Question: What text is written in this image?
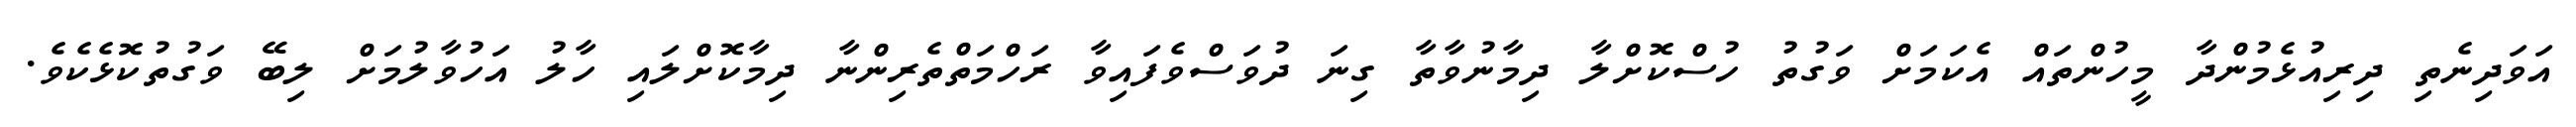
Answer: އަވަދިނެތި ދިރިއުޅެމުންދާ މީހުންތައް އެކަމަށް ވަގުތު ހުސްކޮށްލާ ދިމާނުވާތާ ގިނަ ދުވަސްވެފައިވާ ރަހްމަތްތެރިންނާ ދިމާކޮށްލައި ހާލު އަހުވާލުމަށް ލިބޭ ވަގުތުކޮޅެކެވެ.